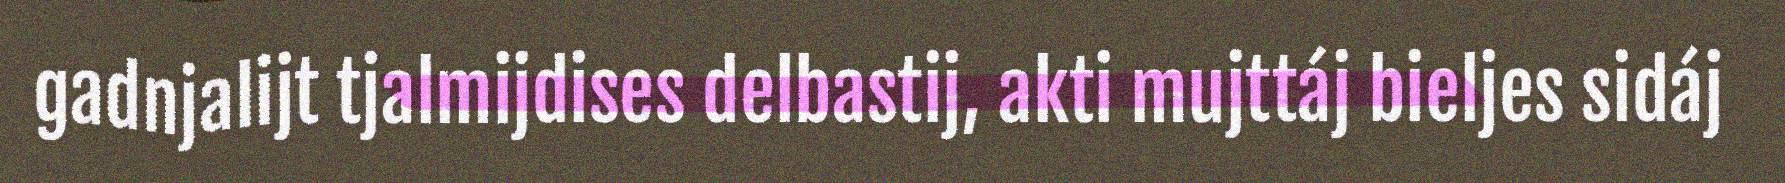
gadnjalijt tjalmijdises delbastij, akti mujttáj bieljes sidáj